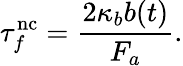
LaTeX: \tau_{f}^{\mathrm{nc}}=\frac{2\kappa_{b}b(t)}{F_{a}}.